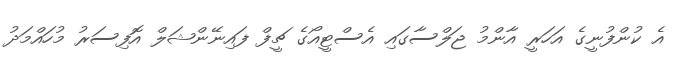
އެ ކުންފުނީގެ އަހަރީ އާންމު ޖަލްސާގައި އެސްޓީއޯގެ ޗީފް ފައިނޭންޝަލް އޮފިސަރު މުހައްމަދު